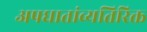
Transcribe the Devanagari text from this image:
अपघातांव्यतिरिक्त